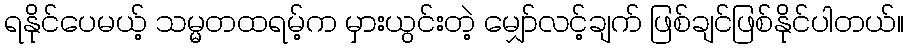
ရနိုင်ပေမယ့် သမ္မတထရမ့်က မှားယွင်းတဲ့ မျှော်လင့်ချက် ဖြစ်ချင်ဖြစ်နိုင်ပါတယ်။